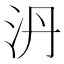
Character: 𣲥